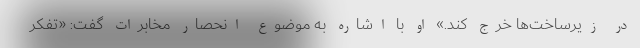
در زیرساخت‌ها خرج کند.» او با اشاره به موضوع انحصار مخابرات گفت: «تفکر